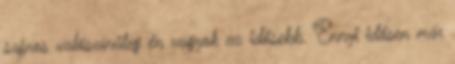
sajnos valószínűleg én vagyok az idősebb. Ennyi idősen már